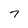
Character: 7